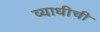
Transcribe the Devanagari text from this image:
व्याधीची